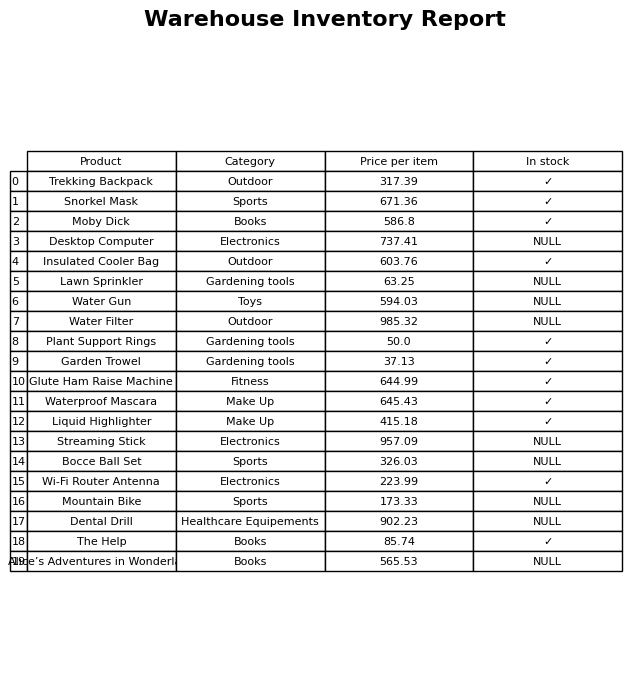
question: What is the price of the Lawn Sprinkler?
answer: The price of Lawn Sprinkler is 63.25.